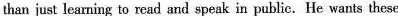
than just learning to rcad and speak in public. He wants these